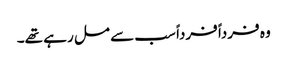
وہ فرداً فرداً سب سے مل رہے تھے۔